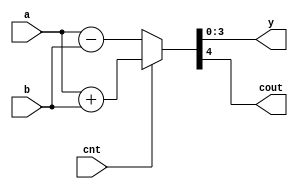
module adder_sub(a,b,cnt, y, cout);

input [3:0]a, b;
input cnt;
output reg[3:0]y;
output reg cout;
always@(*)
begin
if(cnt==1)
begin
{cout, y}=a+b;
end
else 
begin
{cout, y}=a-b;
end
end
endmodule